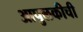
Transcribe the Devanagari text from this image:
आपुलकीची